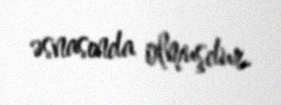
əsnasında olmuşdur.